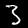
Label: 3